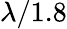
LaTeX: \lambda/1.8